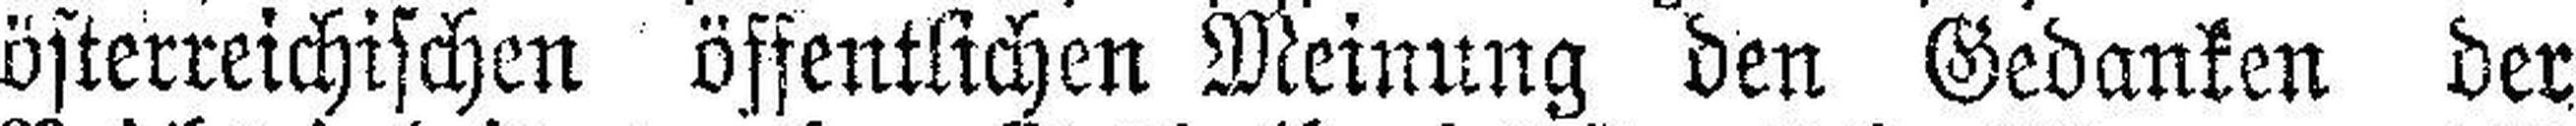
österreichischen öffentlichen Meinung den Gedanken der